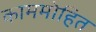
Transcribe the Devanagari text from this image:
काममोहित